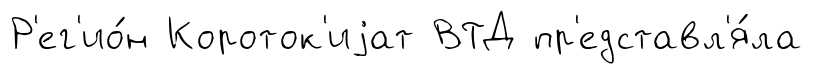
Р'ег'ио́н Короток'иjат ВТД пр'едставл'я́ла